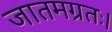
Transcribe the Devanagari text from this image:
जातमग्रतः।